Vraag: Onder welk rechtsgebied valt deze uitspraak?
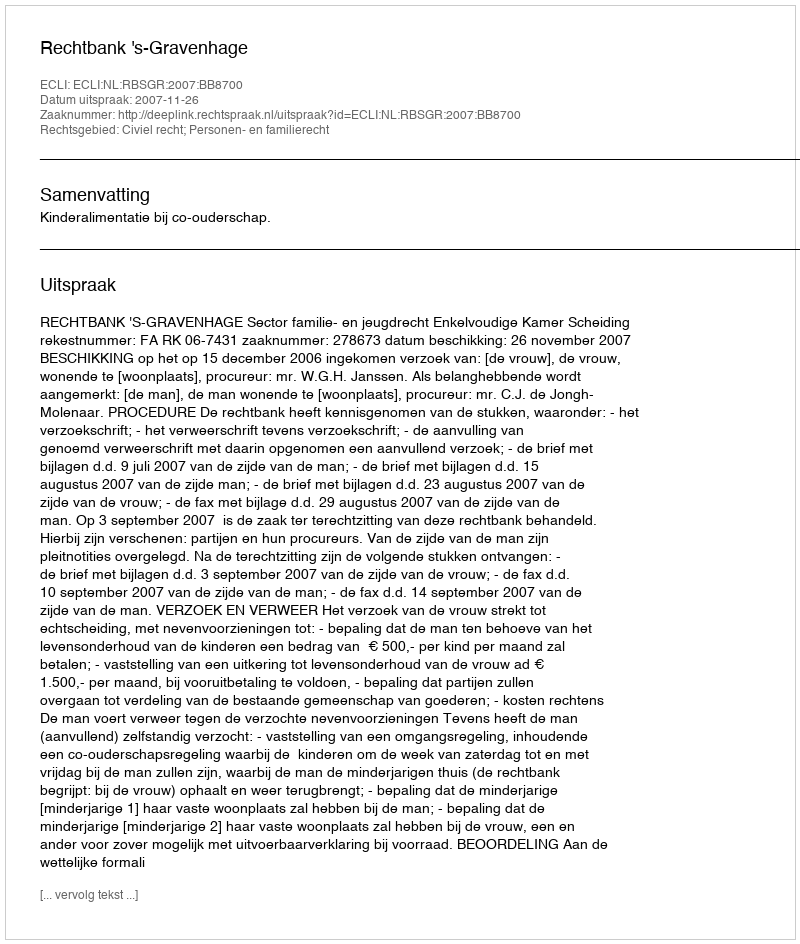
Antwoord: Civiel recht; Personen- en familierecht